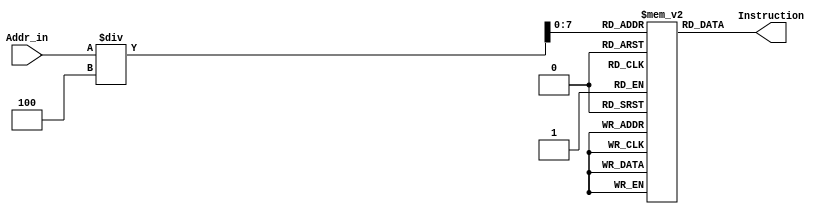
module IM(
 	input [31:0] Addr_in,//the value is the address of running instruction 
 	output reg [31:0] Instruction//run instruction
);
	integer i;
	reg [31:0]Instr[199:0];//Creat 200 Instruction address each is 32-bit


always@(Addr_in)begin
	Instruction=Instr[Addr_in/4];//the address of instruction is 4times
end

initial begin
	for(i=0;i<200;i=i+1)begin
		Instr[i]=32'd0;
	end	

	Instr[0]=32'b010100_01000_01001_01000_00000_010101;//add $t0, $t0, $t1
	Instr[1]=32'b010100_01010_01100_01001_00000_010110;//sub $t1, $t2, $t4

	Instr[2]=32'b010100_01101_00000_01100_00001_010111;//srl $t4, $t5, 1
	Instr[3]=32'b010100_01111_00000_01110_00100_011000;//sll $t6, $t7, 4
	Instr[4]=32'b010100_01001_01010_01011_00000_011001;//xor $t3, $t1, $t2
	Instr[5]=32'b010100_01010_01100_01101_00000_011010;//and $t5, $t4, $t2

	Instr[6]=32'b101011_01111_01000_0000000000000010;//sw $t0, 2($t7) 
	Instr[7]=32'b100011_01111_10001_0000000000000010;//lw $s1, 2($t7)
	Instr[8]=32'b100011_01111_10010_0000000000000100;//lw $s2, 4($t7)
	Instr[9]=32'b101011_01010_01000_0000000000000010;//sw $t0, 2($t2)
	Instr[10]=32'b101011_01001_10011_0000000000000100;//sw $s3, 4($t1)
	Instr[11]=32'b001000_10011_10100_0000000001101111;//addi $s4, $s3, 111
	Instr[12]=32'b001000_10101_10110_0000000000011011;//addi $s6, $s5, 27
	Instr[13]=32'b001001_10110_10001_0000000000001001;//subi $s1, $s6, 9
	Instr[14]=32'b001001_10001_10111_0000000000000101;//subi $s7, $s1, 5

	Instr[15]=32'b000100_11000_11001_0000000000000100;//beq $t8, $t9, 4
	Instr[16]=32'b000100_01100_11000_0000000000000001;//beq $t4, $t8, 1

	Instr[17]=32'b000100_10011_10101_0000000000000100;//beq $s3, $s5, 4

	Instr[18]=32'b000100_01100_01101_0000000000000001;//beq $t4, $t5, 1
	Instr[19]=32'b000010_00000000000000000001111101;//j 125
	Instr[20]=32'b000010_00000000000000000000010000;//j 16


	/*Instr[0]=32'b001000_00000_01000_0000000110111100;//addi $t0, $zero, 444
	Instr[1]=32'b001000_00000_01001_0000001000101011;//addi $t1, $zero, 555
	Instr[2]=32'b001000_01000_01000_0000000011011110;//addi $t0, $t0, 222
	Instr[3]=32'b001001_01001_01001_0000000001101111;//subi $t1, $t1, 111
	Instr[4]=32'b010100_01001_01000_01011_00000_011011;//slt $t3, $t1, $t0
	Instr[5]=32'b000100_00000_01011_0000000000000010;//beq $zero, $t3, 2
	Instr[6]=32'b001000_00000_01010_0000001010011010;//addi $t2, $zero, 666
	Instr[7]=32'b000010_00000000000000000000001001;//j 9
	Instr[8]=32'b001000_00000_01010_0000001100001001;//addi $t2, $zero, 777
	Instr[9]=32'b000010_00000000000000000000000000;//j 0*/

end
endmodule